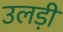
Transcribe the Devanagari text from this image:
उलड़ी